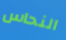
النحاس